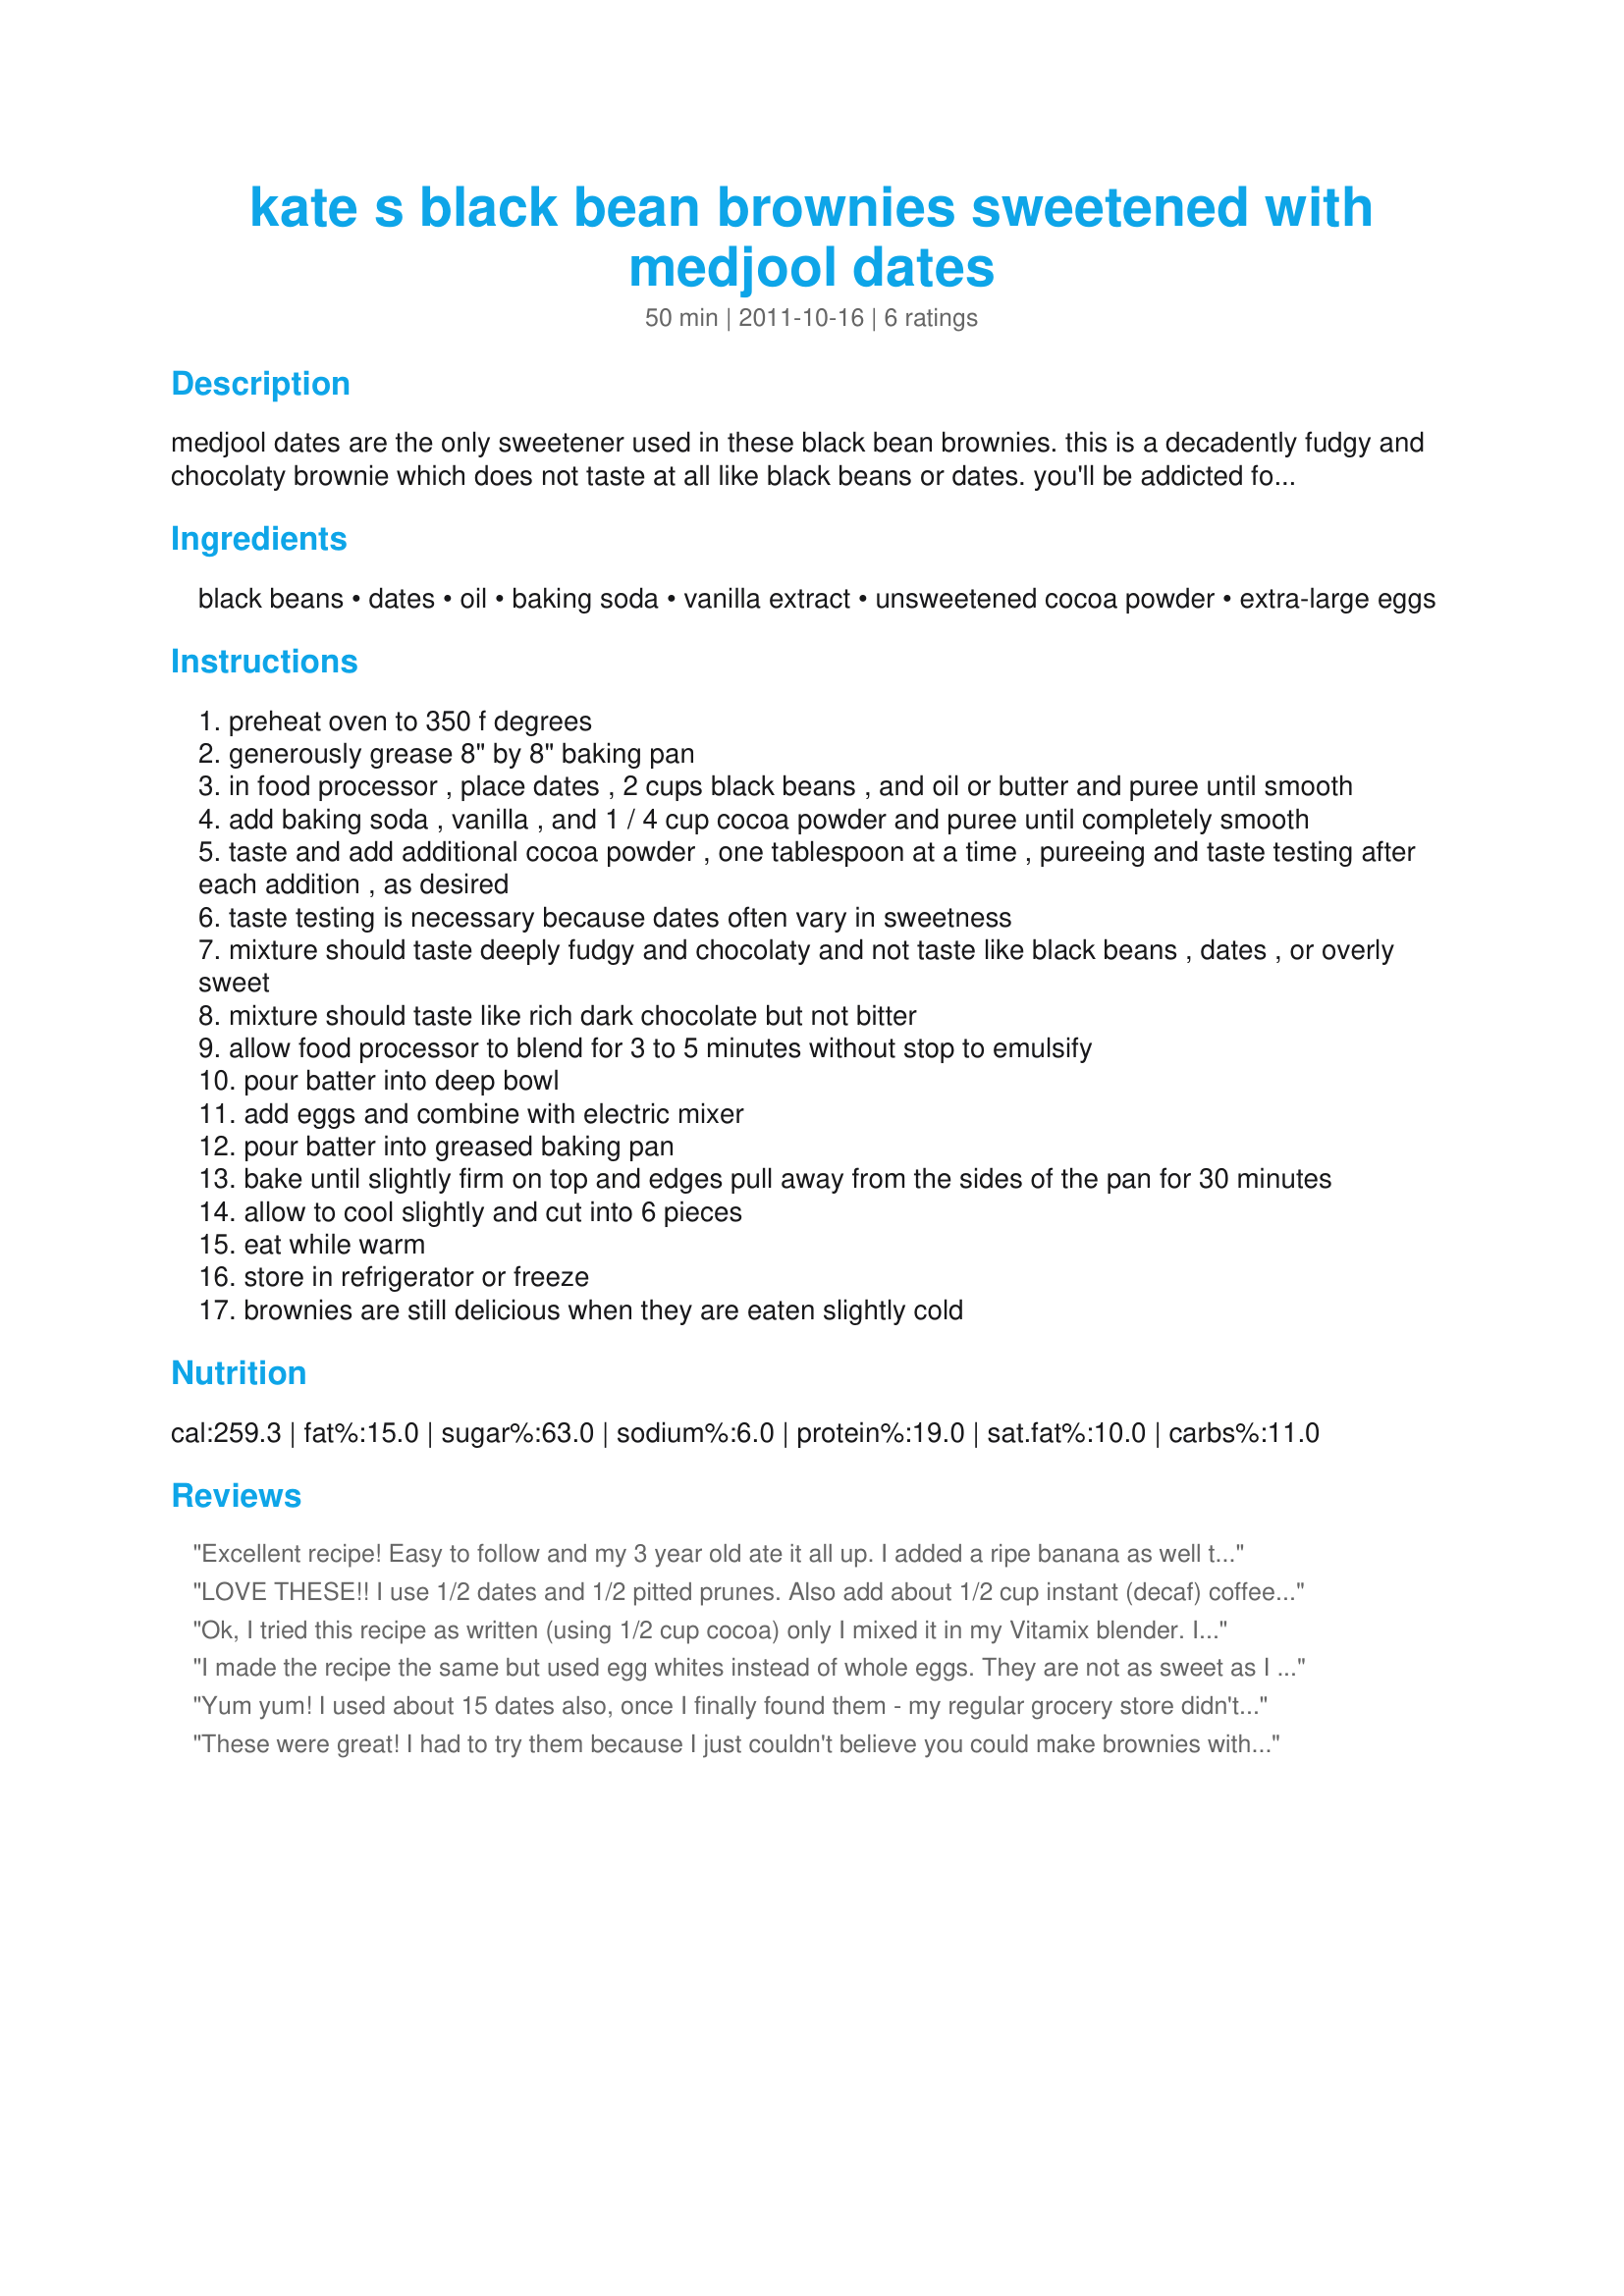
kate s black bean brownies sweetened with medjool dates
Preparation time: 50 minutes

medjool dates are the only sweetener used in these black bean brownies. this is a decadently fudgy and chocolaty brownie which does not taste at all like black beans or dates. you'll be addicted for life.

Ingredients:
black beans, dates, oil, baking soda, vanilla extract, unsweetened cocoa powder, extra-large eggs

Steps:
preheat oven to 350 f degrees
generously grease 8" by 8" baking pan
in food processor , place dates , 2 cups black beans , and oil or butter and puree until smooth
add baking soda , vanilla , and 1 / 4 cup cocoa powder and puree until completely smooth
taste and add additional cocoa powder , one tablespoon at a time , pureeing and taste testing after each addition , as desired
taste testing is necessary because dates often vary in sweetness
mixture should taste deeply fudgy and chocolaty and not taste like black beans , dates , or overly sweet
mixture should taste like rich dark chocolate but not bitter
allow food processor to blend for 3 to 5 minutes without stop to emulsify
pour batter into deep bowl
add eggs and combine with electric mixer
pour batter into greased baking pan
bake until slightly firm on top and edges pull away from the sides of the pan for 30 minutes
allow to cool slightly and cut into 6 pieces
eat while warm
store in refrigerator or freeze
brownies are still delicious when they are eaten slightly cold

Reviews:
Excellent recipe! Easy to follow and my 3 year old ate it all up. I added a ripe banana as well to sweeten it up a bit more.
LOVE THESE!! I use 1/2 dates and 1/2 pitted prunes. Also add about 1/2 cup instant (decaf) coffee so the batter is less stiff!! CRAVE-able!!! Thank you, Kate-- for a TRULY sugar-free, scrumptious brownie!!
Ok, I tried this recipe as written (using 1/2 cup cocoa) only I mixed it in my Vitamix blender. I forgot how loud it is to mix dates. The recipe was really good. Love the texture. I frost by mixing semisweet chocolate chips with some whipping cream. <br/>Then I tried this with a slight variation:<br/>15 dates, 1 TBS oil, and 1/2 cup applesauce.<br/><br/>My kids love both. DH prefers with applesauce. I prefer without. Again I frosted these with semisweet choc. chips and whipping cream.
I made the recipe the same but used egg whites instead of whole eggs. They are not as sweet as I would like them to be so maybe next time I will add 5 more dates. Also I can still taste some of the black beans flavor even though I used 1/2 cup cocoa powder and even a bit more melted butter and vanilla extract. So not sure if maybe my batch of dates were not as sweet as they should be?
Yum yum! I used about 15 dates also, once I finally found them - my regular grocery store didn't have them. Kids liked them too, yay! Made for PAC Spring '12.
These were great! I had to try them because I just couldn't believe you could make brownies without flour! I made them three times, and the first time, I used an oil substitute, trying to really change them to ultra-healthy brownies. They were sweet but the consistency was not quite right. The second time, I used a 1/2 cup of applesauce (a kid's snack pack) in place of the oil, half the dates (about 10), and added 1/2 cup cocoa powder, and then threw some mini baking chocolate chips on top. The consistency was just right, but it needed to be a little sweeter. The third time, I increased dates to 15, and left the cocoa and applesauce at 1/2 cup each and they were awesome!. I think nuts would be a great addition, too. Thanks for the recipe!
